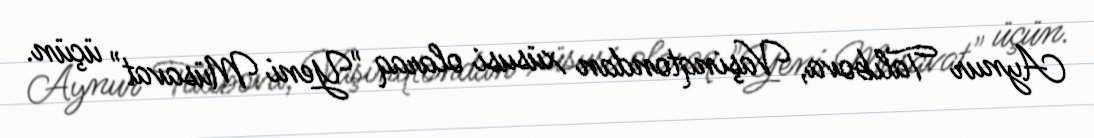
Aynur Talıbova, Vaşinqtondan xüsusi olaraq "Yeni Müsavat" üçün.